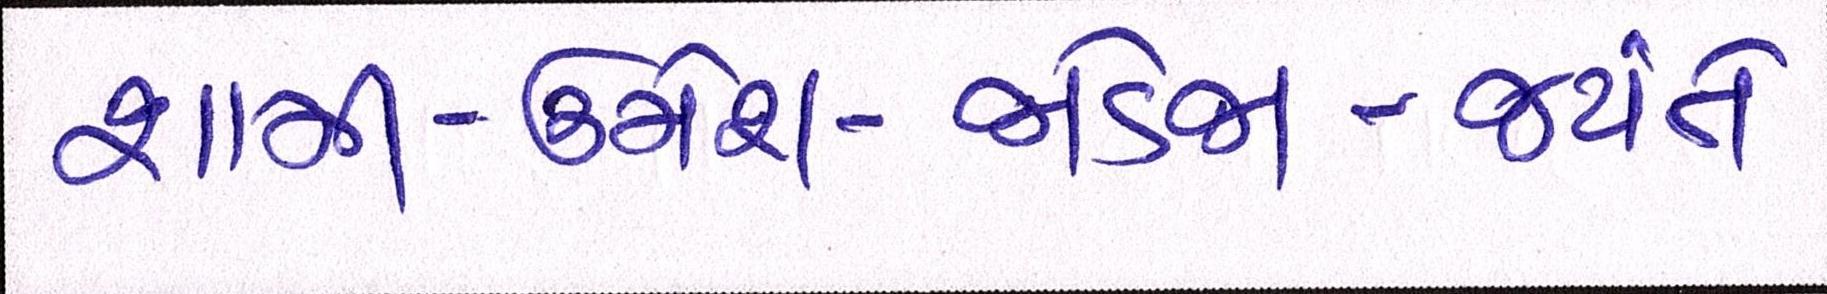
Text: શામી-ઉમેશ-જાડેજા-જયંતે